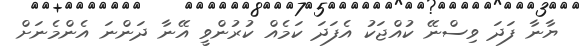
ޔާނާ ފަދަ ވިސްނޭ ކުއްޖަކު އެފަދަ ކަމެއް ކުރުންވީ އޭނާ ދަންނަ އެންމެނަށް